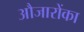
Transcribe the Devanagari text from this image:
औजारोंका